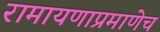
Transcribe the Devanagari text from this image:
रामायणाप्रमाणेच